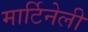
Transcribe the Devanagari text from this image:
मार्टिनेली